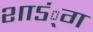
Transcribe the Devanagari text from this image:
शाऽं्ग